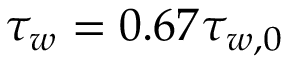
\tau _ { w } = 0 . 6 7 \tau _ { w , 0 }